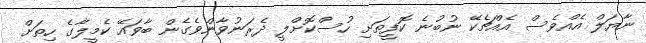
ނާޔަލް އެއްވެސް އެއްޗެކޭ ނުބުނެ ކޮފީތަށި ހުސްކޮށްލީ ދެރަނުވާންވެގެން ބާވައޭ ކެމީލާގެ ހިތަށް